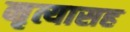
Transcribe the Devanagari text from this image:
नृत्यासह